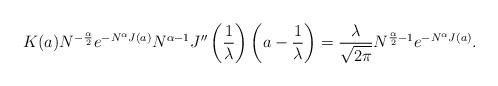
LaTeX: \begin{align*}K(a)N^{-\frac \alpha 2}e^{-N^\alpha J(a)}N^{\alpha-1}J''\left(\frac 1\lambda\right)\left(a-\frac 1\lambda\right)= \frac{\lambda}{\sqrt{2\pi}} N^{\frac \alpha 2 - 1}e^{-N^\alpha J(a)}.\end{align*}